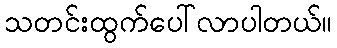
သတင်းထွက်ပေါ်လာပါတယ်။